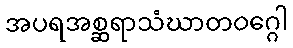
အပရအစ္ဆရာသံဃာတဝဂ္ဂေါ